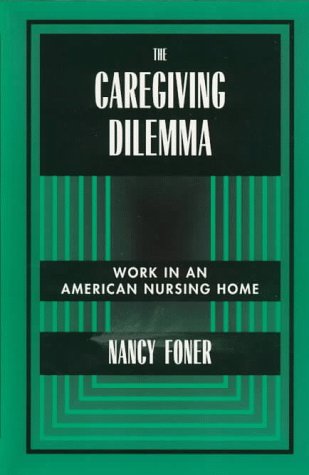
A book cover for The Caregiving Dilemma: Work in an American Nursing Home; Nancy Foner; Medical Books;